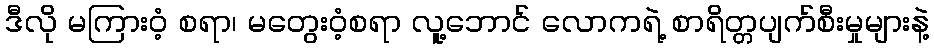
ဒီလို မကြားဝံ့ စရာ၊ မတွေးဝံ့စရာ လူ့ဘောင် လောကရဲ့ စာရိတ္တပျက်စီးမှုများနဲ့